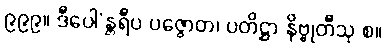
၉၉၉။ ဒီပေါ’န္တရီပ ပဇ္ဇောတ၊ ပတိဋ္ဌာ နိဗ္ဗုတီသု စ။